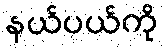
နယ်ပယ်ကို